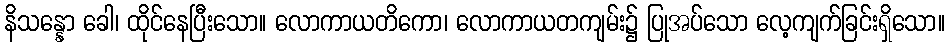
နိသန္နော ခေါ၊ ထိုင်နေပြီးသော။ လောကာယတိကော၊ လောကာယတကျမ်း၌ ပြုအပ်သော လေ့ကျက်ခြင်းရှိသော။